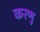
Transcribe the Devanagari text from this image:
करणु